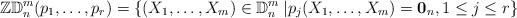
LaTeX: \begin{align*}\mathbb{ZD}_n^m(p_1,\ldots,p_r)=\{(X_1,\ldots,X_m)\in \mathbb{D}^m_n\: | p_j(X_1,\ldots,X_m)=\mathbf{0}_n, 1\leq j\leq r\}\end{align*}